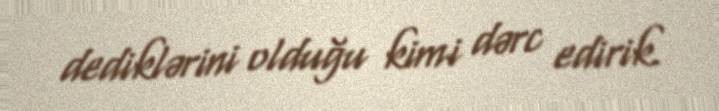
dediklərini olduğu kimi dərc edirik.